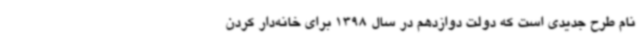
نام طرح جدیدی است که دولت دوازدهم در سال 1398 برای خانه‌دار کردن